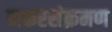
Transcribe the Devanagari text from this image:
मकरसंक्रमण